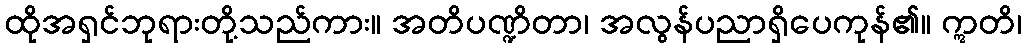
ထိုအရှင်ဘုရားတို့သည်ကား။ အတိပဏ္ဍိတာ၊ အလွန်ပညာရှိပေကုန်၏။ ဣတိ၊